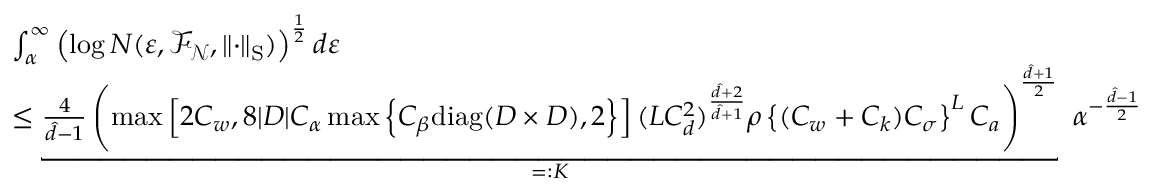
\begin{array} { r l } & { \int _ { \alpha } ^ { \infty } \left( \log N ( \varepsilon , \mathscr { F } _ { \boldsymbol { \mathscr { N } } } , \left\| \cdot \right\| _ { \mathrm { S } } ) \right) ^ { \frac { 1 } { 2 } } d \varepsilon } \\ & { \leq \underbracket { \frac { 4 } { \hat { d } - 1 } \left( \operatorname* { m a x } \left[ 2 C _ { w } , 8 | D | C _ { \alpha } \operatorname* { m a x } \left\{ C _ { \beta } \mathrm { d i a g } ( D \times D ) , 2 \right\} \right] ( L C _ { d } ^ { 2 } ) ^ { \frac { \hat { d } + 2 } { \hat { d } + 1 } } \rho \left\{ ( C _ { w } + C _ { k } ) C _ { \sigma } \right\} ^ { L } C _ { a } \right) ^ { \frac { \hat { d } + 1 } { 2 } } } _ { = : K } \ \alpha ^ { - \frac { \hat { d } - 1 } { 2 } } } \end{array}